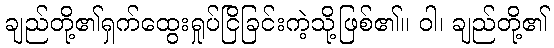
ချည်တို့၏ရှက်ထွေးရှုပ်ငြိခြင်းကဲ့သို့ဖြစ်၏။ ဝါ၊ ချည်တို့၏